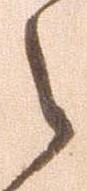
之